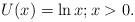
LaTeX: \begin{align*}U(x) = \ln x; x > 0.\end{align*}